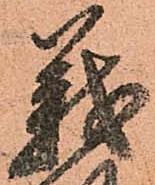
義